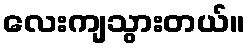
လေးကျသွားတယ်။